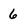
Character: 6